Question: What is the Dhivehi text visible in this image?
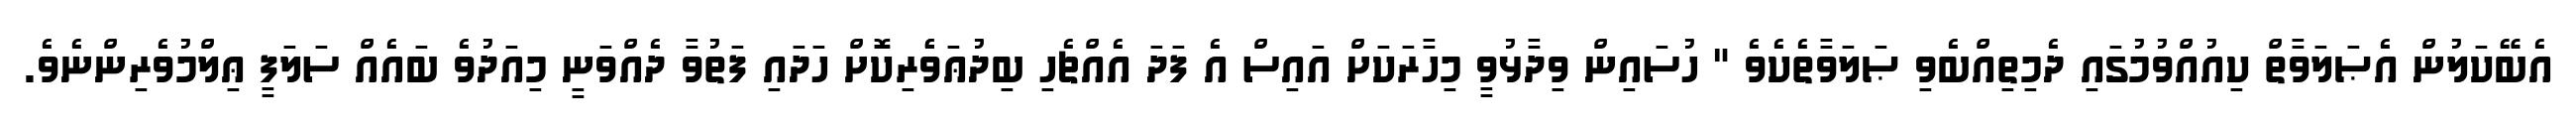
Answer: އެބޭކަލުން އެޞަލަވާތް ކިއުއްވުމުގައި ދެމިތިއްބެވި ޞަލަވާތެކެވެ " ހުސައިން ވިދާޅުވީ މިހާރަކަށް އައިސް އެ ފަދަ އެއްޗެހި ބިދުޢަވެެރިކޮށް ހަދައި ފަތުވާ ދެއްވަނީ މިއަދުވެ ބައެއް ސަލަފީ ޢިލްމުވެރިންނެވެ.